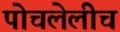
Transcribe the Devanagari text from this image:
पोचलेलीच